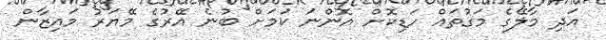
އަދި މާލޭގެ މަގުތައް ހަޑިކޮށް އޮންނަ ކަމަށް ބުނެ އޭރުގެ މޭޔަރު މައިޒާން